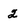
Character: 2